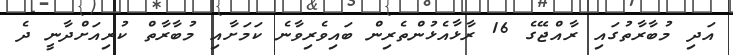
އަދި މުބާރާތުގައި ރާއްޖޭގެ 16 ރާޅާއެޅުންތެރިން ބައިވެރިވާނެ ކަމަށާއި މުބާރާތް ކުރިއަށްދާނީ ދެ